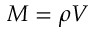
M = \rho V